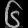
Digit: ၆